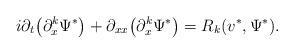
LaTeX: \begin{align*}i \partial_t \big( \partial_x^k \Psi^* \big) + \partial_{xx} \big( \partial_x^k \Psi^* \big) = R_k(v^*,\Psi^*).\end{align*}